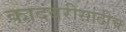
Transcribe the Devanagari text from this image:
कादंबरीसाठीच